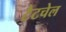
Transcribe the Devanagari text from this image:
टैटचेल